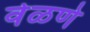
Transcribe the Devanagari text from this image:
वेळणे